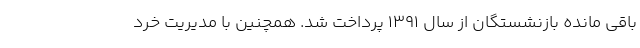
باقی مانده بازنشستگان از سال ۱۳۹۱ پرداخت شد. همچنین با مدیریت خرد